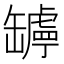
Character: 𦉛